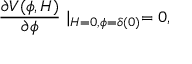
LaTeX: \frac { \partial V ( \phi , H ) } { \partial \phi } \mid _ { H = 0 , \phi = \delta ( 0 ) } = 0 ,